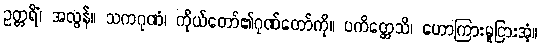
ဥတ္တရိံ၊ အလွန်။ သကဂုဏံ၊ ကိုယ်တော်၏ဂုဏ်တော်ကို။ ပကိတ္တေသိ၊ ဟောကြားမူငြားအံ့။